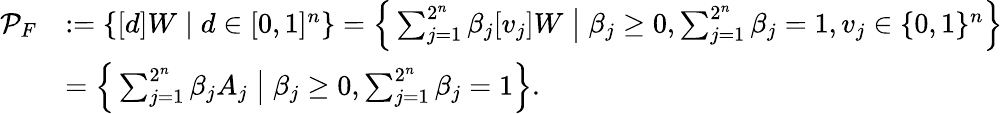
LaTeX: \begin{array}{rl}{\mathcal{P}_{F}}&{:=\{ [d]W\; |\; d\in[0,1]^{n}\} =\Big\{ \sum_{j=1}^{2^{n}}\beta_{j}[v_{j}]W\; \big|\; \beta_{j}\geq 0,\sum_{j=1}^{2^{n}}\beta_{j}=1,v_{j}\in\{ 0,1\} ^{n}\Big\} }\\ &{=\Big\{ \sum_{j=1}^{2^{n}}\beta_{j}A_{j}\; \big|\; \beta_{j}\geq 0,\sum_{j=1}^{2^{n}}\beta_{j}=1\Big\} .}\end{array}